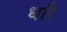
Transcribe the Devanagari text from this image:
धारै